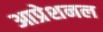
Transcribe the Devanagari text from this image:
आप्रेशनल